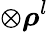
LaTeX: \otimes{\boldsymbol{\rho}}^{l}